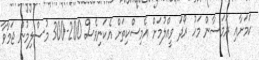
ކަމަށާއި ރަމަޟާން މަހު ރޯދަ ވީއްލުމަށް އެމިސްކިތަށް އެކަނިވެސް 200-300 މުސްލިމުން ޖަމާވާ